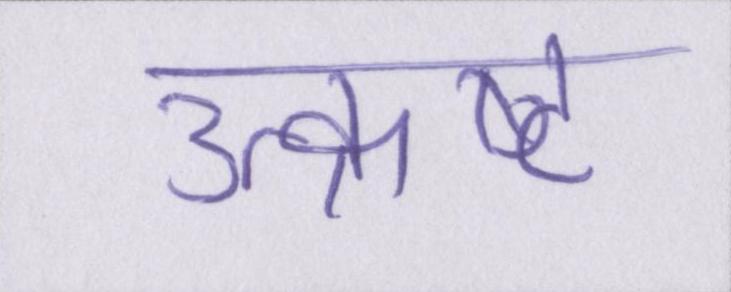
उत्क्रष्ट